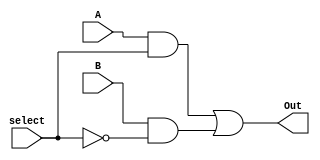
module mux2to1_gate(Out, A, B, select);
  input A, B, select;
  output Out;
  wire c, d, e;
  
  not g1(e, select);
  and g2(c, A, select);
  and g3(d, B, e);
  or g4(Out, c, d);
endmodule